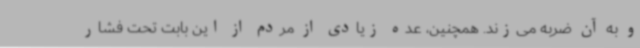
و به آن ضربه می‌زند. همچنین، عده زیادی از مردم از این بابت تحت فشار